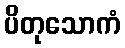
ပိတုသောကံ